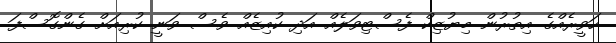
ހަވީރެއްގެ އިތުރުން މިޔުޒިކް ފެސްޓިވަލެއް އަދި ކުއިޒެއް ވެސް ވަނީ ކުރިއަށް ގެންގޮސްފަ